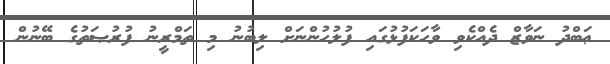
ޢަބްދު ނަވާޒް ދެއްކެވި ވާހަކަފުޅުގައި ފުލުހުންނަށް ލިބުނު މި ތަމްރީނު ފުރުޞަތުގެ ބޭނުން